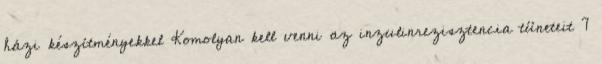
házi készítményekkel Komolyan kell venni az inzulinrezisztencia tüneteit 7